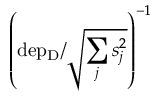
\left( \mathrm { d e p _ { D } } / \sqrt { \sum _ { j } s _ { j } ^ { 2 } } \right) ^ { - 1 }